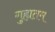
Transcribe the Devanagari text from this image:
गुह्यतम